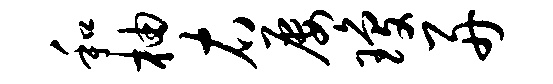
和柚右屡琼舟